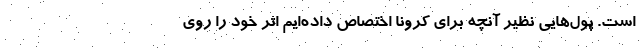
است. پول‌هایی نظیر آنچه برای کرونا اختصاص داده‌ایم اثر خود را روی